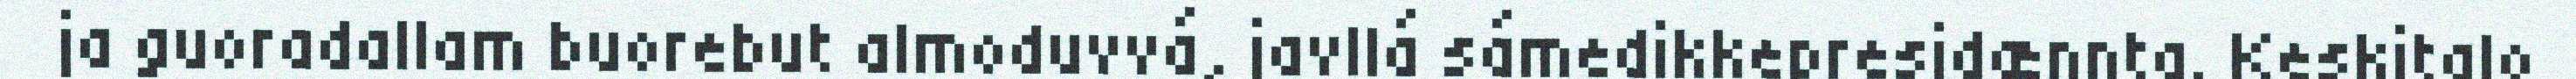
ja guoradallam buorebut almoduvvá, javllá sámedikkepresidænnta. Keskitalo